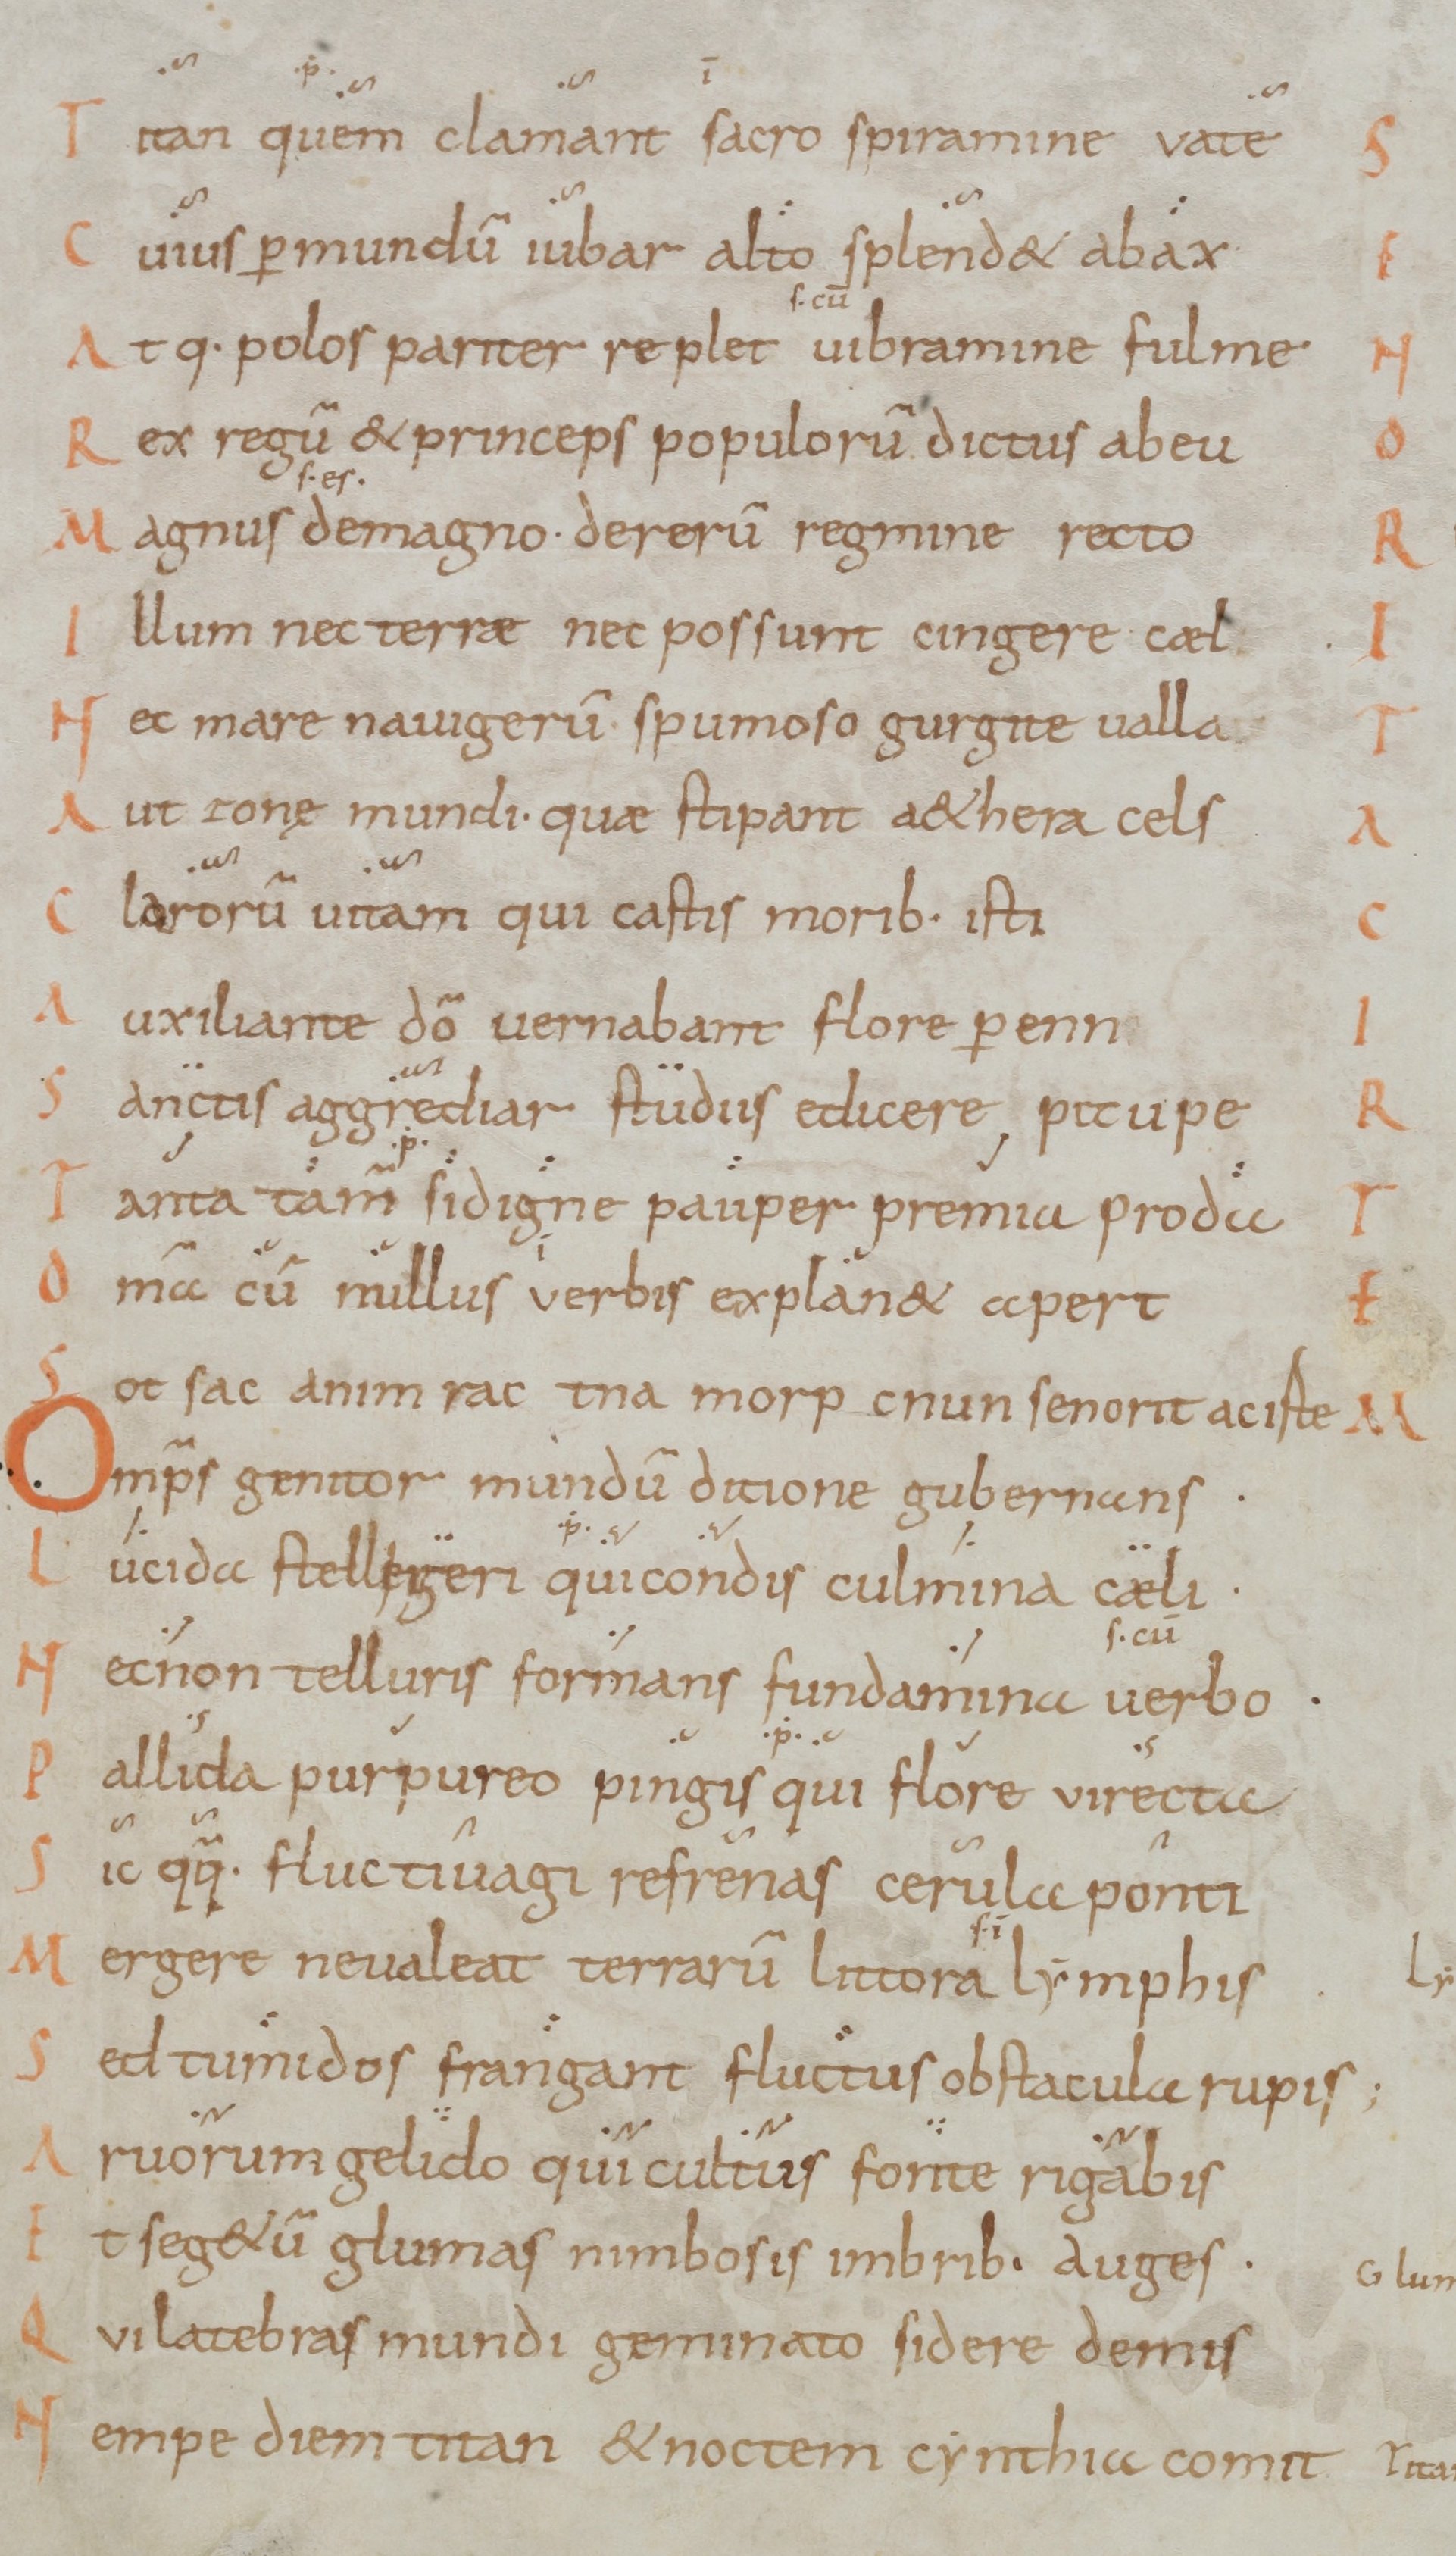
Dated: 900–999